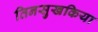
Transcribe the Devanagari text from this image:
तिनसुखकिया